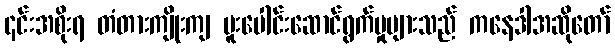
၎င်းအစိုးရ တံတားကျိုးကျ ပူးပေါင်းဆောင်ရွက်မှုများသည် ကနေဒါအဆိုတော်